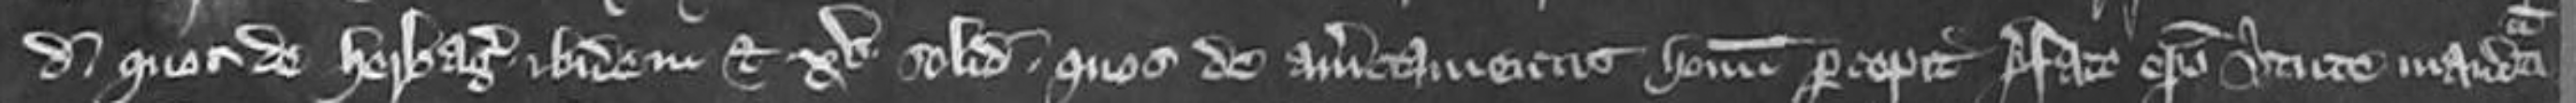
denarios quos de herbagio ibidem et xv solidos quos de amerciamentis hominum percepit prefato episcopo virtute mandati